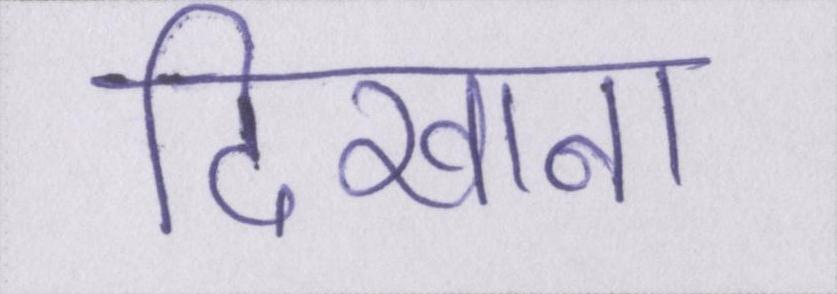
दिखाना